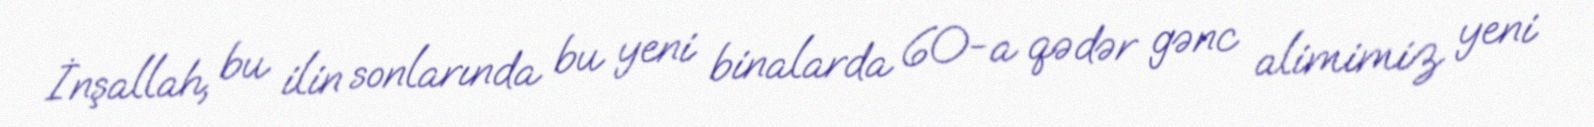
İnşallah, bu ilin sonlarında bu yeni binalarda 60-a qədər gənc alimimiz yeni